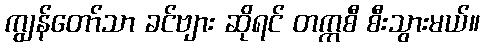
ကျွန်တော်သာ ခင်ဗျား ဆိုရင် တက္ကစီ စီးသွားမယ်။